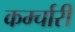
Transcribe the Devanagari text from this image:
कर्म्चारी